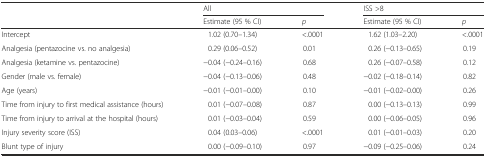
<table><thead><tr><td></td><td colspan="2"><b>All</b></td><td colspan="2"><b>ISS &gt;8</b></td></tr><tr><td></td><td><b>Estimate (95 % CI)</b></td><td><b><i>p</i></b></td><td><b>Estimate (95 % CI)</b></td><td><b><i>p</i></b></td></tr></thead><tbody><tr><td>Intercept</td><td>1.02 (0.70–1.34)</td><td>&lt;.0001</td><td>1.62 (1.03–2.20)</td><td>&lt;.0001</td></tr><tr><td>Analgesia (pentazocine vs. no analgesia)</td><td>0.29 (0.06–0.52)</td><td>0.01</td><td>0.26 (−0.13–0.65)</td><td>0.19</td></tr><tr><td>Analgesia (ketamine vs. pentazocine)</td><td>−0.04 (−0.24–0.16)</td><td>0.68</td><td>0.26 (−0.07–0.58)</td><td>0.12</td></tr><tr><td>Gender (male vs. female)</td><td>−0.04 (−0.13–0.06)</td><td>0.48</td><td>−0.02 (−0.18–0.14)</td><td>0.82</td></tr><tr><td>Age (years)</td><td>−0.01 (−0.01–0.00)</td><td>0.10</td><td>−0.01 (−0.02–0.00)</td><td>0.26</td></tr><tr><td>Time from injury to first medical assistance (hours)</td><td>0.01 (−0.07–0.08)</td><td>0.87</td><td>0.00 (−0.13–0.13)</td><td>0.99</td></tr><tr><td>Time from injury to arrival at the hospital (hours)</td><td>0.01 (−0.03–0.04)</td><td>0.59</td><td>0.00 (−0.06–0.05)</td><td>0.96</td></tr><tr><td>Injury severity score (ISS)</td><td>0.04 (0.03–0.06)</td><td>&lt;.0001</td><td>0.01 (−0.01–0.03)</td><td>0.20</td></tr><tr><td>Blunt type of injury</td><td>0.00 (−0.09–0.10)</td><td>0.97</td><td>−0.09 (−0.25–0.06)</td><td>0.24</td></tr></tbody></table>